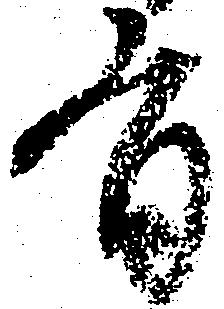
有